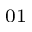
_ { 0 1 }